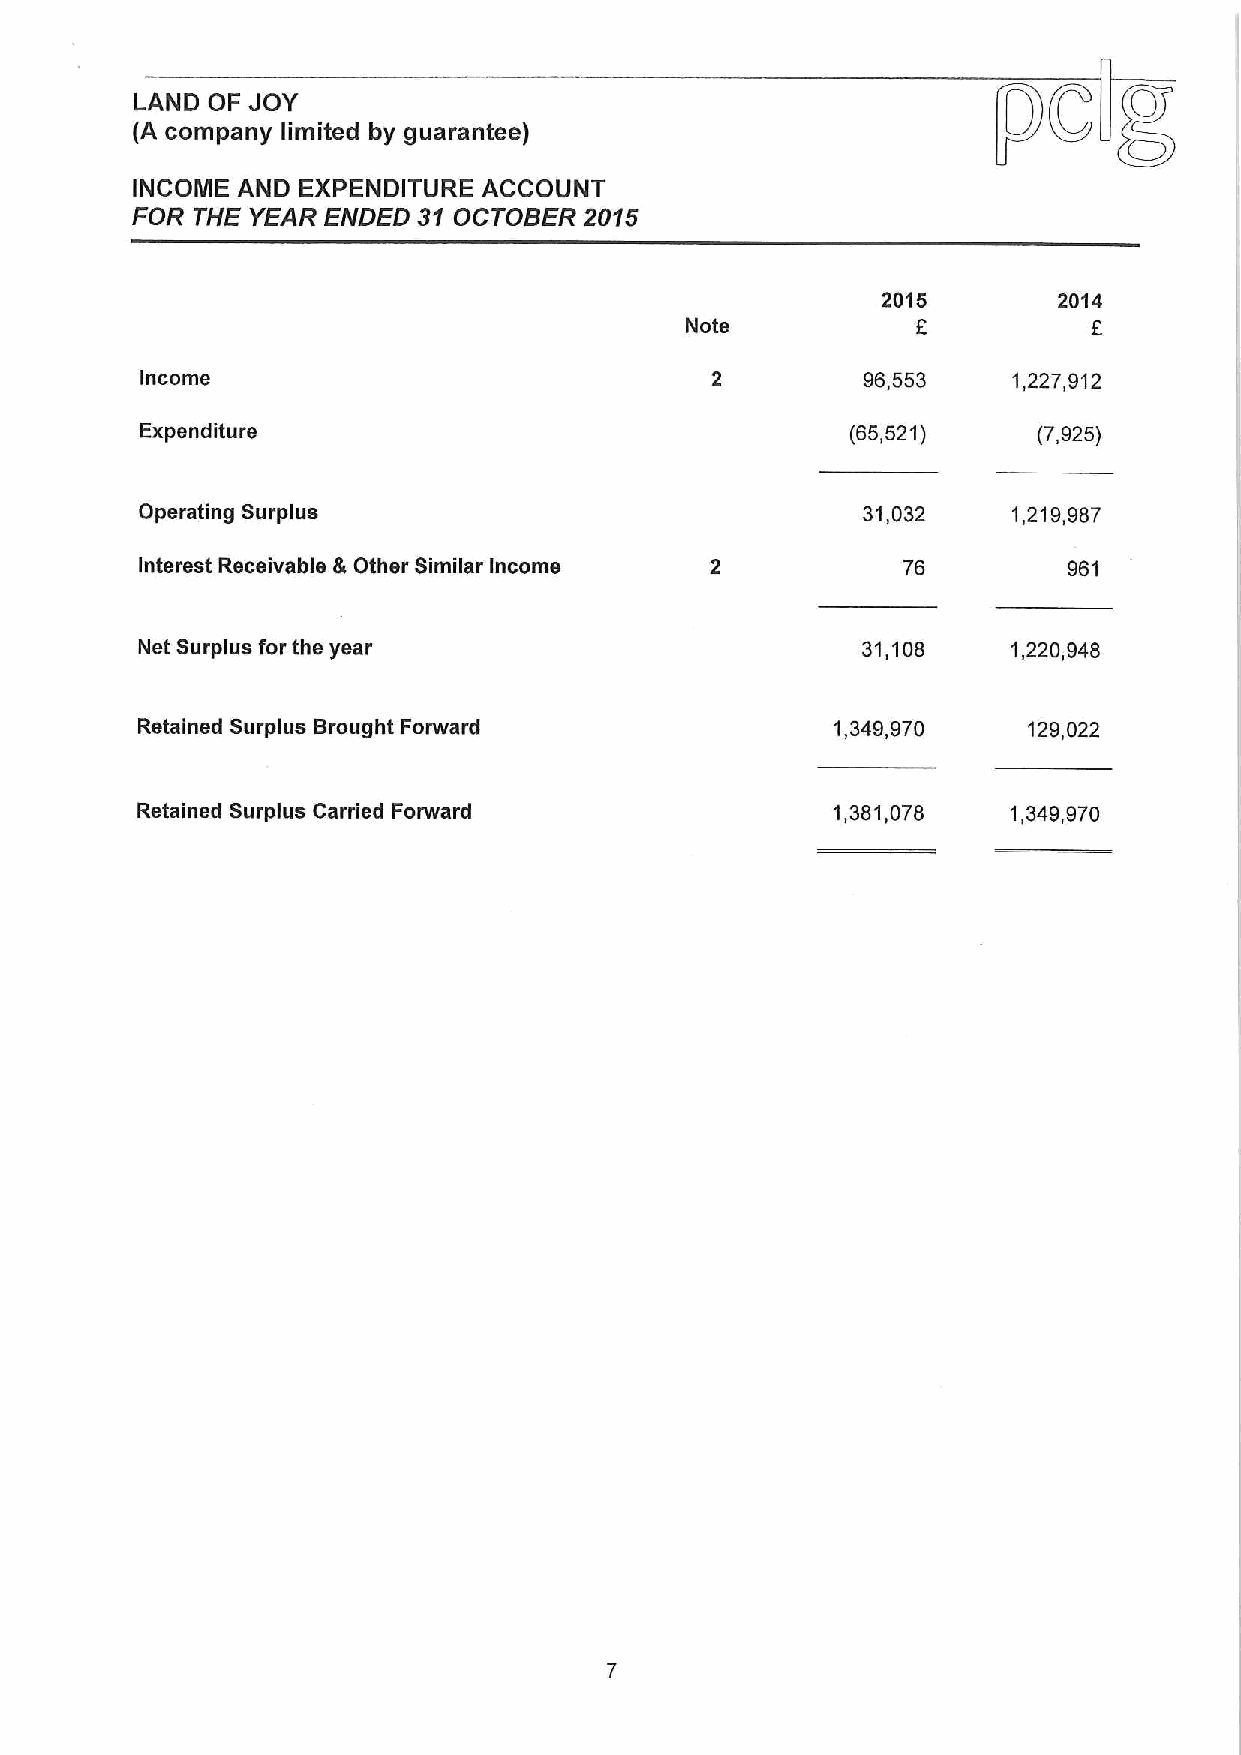
LAND OF JOY
 (A company limited by guarantee)
 INCOME AND EXPENDITURE ACCOUNT
 FOR THE YEAR ENDED 31 OCTOBER 2015
 2015        2014
 f          f
 Note
 Income                                          96,553    1,227,912
 Expenditure                                    (65,521)     (7,925)
 Operating Surplus                               31,032    1,219,987
 Interest Receivable &Other Similar Income                     961
 Net Surplus for the year                        31,108    1,220,948
 Retained Surplus Brought Forward              1,349,970    129,022
 Retained Surplus Carried Forward              1,381,078   1,349,970